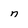
Character: n